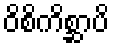
ဝိစိကိစ္ဆာပိ